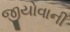
જીયોવાની